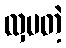
လှပတဲ့